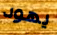
يهود